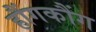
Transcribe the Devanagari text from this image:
हौंगकौंग